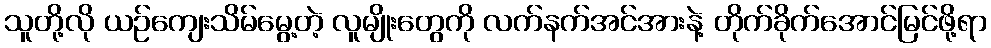
သူတို့လို ယဉ်ကျေးသိမ်မွေ့တဲ့ လူမျိုးတွေကို လက်နက်အင်အားနဲ့ တိုက်ခိုက်အောင်မြင်ဖို့ရာ